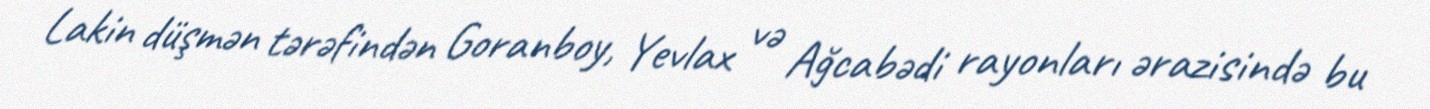
Lakin düşmən tərəfindən Goranboy, Yevlax və Ağcabədi rayonları ərazisində bu